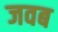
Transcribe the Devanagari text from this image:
जवब